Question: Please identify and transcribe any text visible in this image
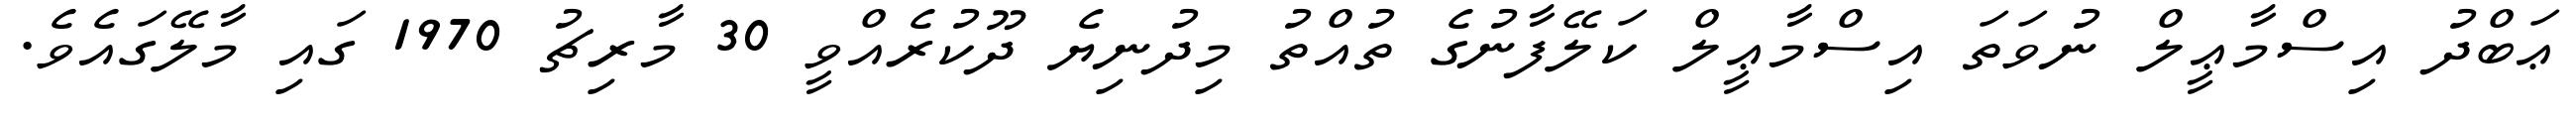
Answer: ޢަބްދު އިސްމާޢީލް ނުވަތަ އިސްމާޢީލް ކަލޭފާނުގެ ތުއްތު މިދުނިޔެ ދޫކުރެއްވީ 30 މާރިޗު 1970 ގައި މާލޭގައެވެ.